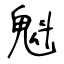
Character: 魁